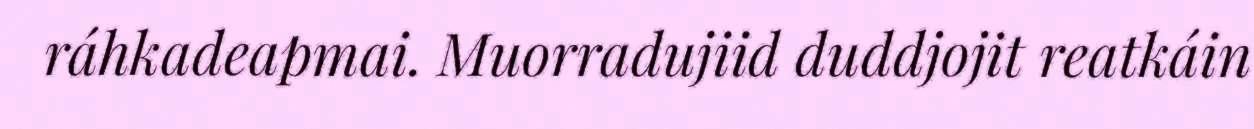
ráhkadeapmai. Muorradujiid duddjojit reatkáin